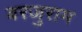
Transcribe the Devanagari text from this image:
बरजुराम